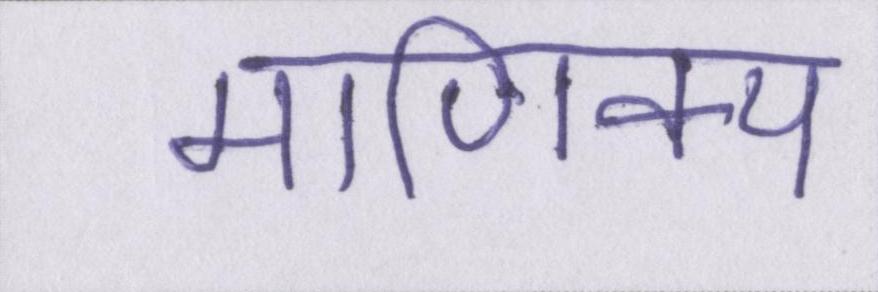
माणिक्य